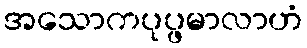
အသောကပုပ္ဖမာလာဟံ